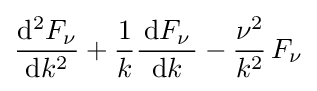
{\frac {\mathrm {d} ^{2}F_{\nu }}{\mathrm {d} k^{2}}}+{\frac {1}{k}}{\frac {\,\mathrm {d} F_{\nu }\,}{\mathrm {d} k}}-{\frac {\nu ^{2}}{k^{2}}}\,F_{\nu }